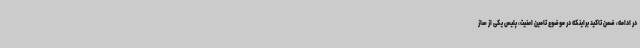
در ادامه، ضمن تاکید براینکه در موضوع تامین امنیت، پلیس یکی از ساز